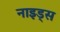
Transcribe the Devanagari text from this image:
नाइड्स